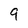
Character: 9